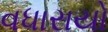
વધારાયો